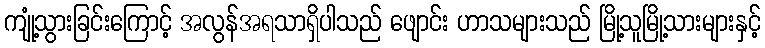
ကျုံ့သွားခြင်းကြောင့် အလွန်အရသာရှိပါသည် ဖျောင်း ဟာသများသည် မြို့သူမြို့သားများနှင့်